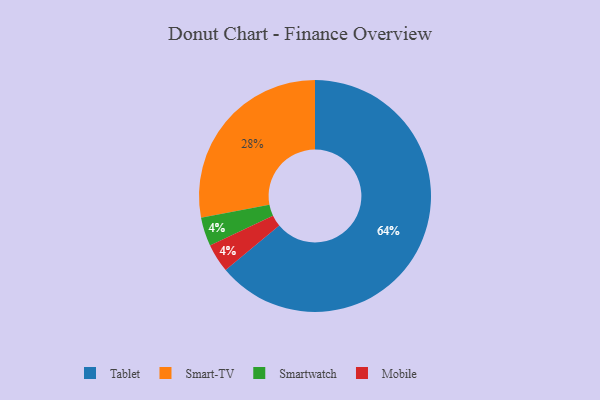
{"axis": {"x": "Category", "y": "Percentage"}, "legend": ["Mobile", "Smart-TV", "Smartwatch", "Tablet"], "data": [{"x": "Smartwatch", "y": 4, "type": "Smartwatch"}, {"x": "Tablet", "y": 64, "type": "Tablet"}, {"x": "Mobile", "y": 4, "type": "Mobile"}, {"x": "Smart-TV", "y": 28, "type": "Smart-TV"}]}